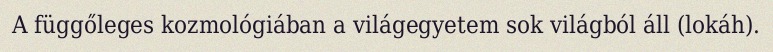
A függőleges kozmológiában a világegyetem sok világból áll (lokáh).